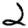
Digit: 2